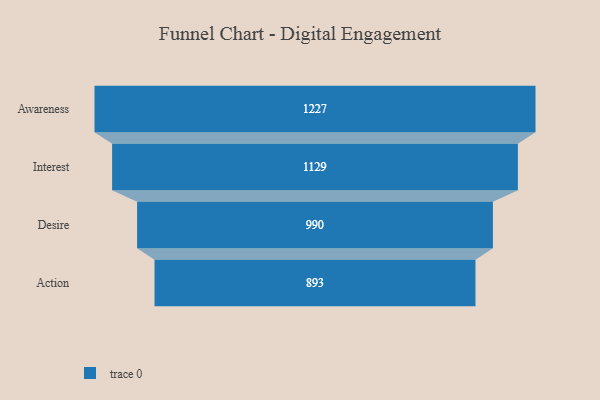
{"axis": {"x": "Stage", "y": "Value"}, "legend": [""], "data": [{"x": "Awareness", "y": 1227.0, "type": ""}, {"x": "Interest", "y": 1129.0, "type": ""}, {"x": "Desire", "y": 990.0, "type": ""}, {"x": "Action", "y": 893.0, "type": ""}]}